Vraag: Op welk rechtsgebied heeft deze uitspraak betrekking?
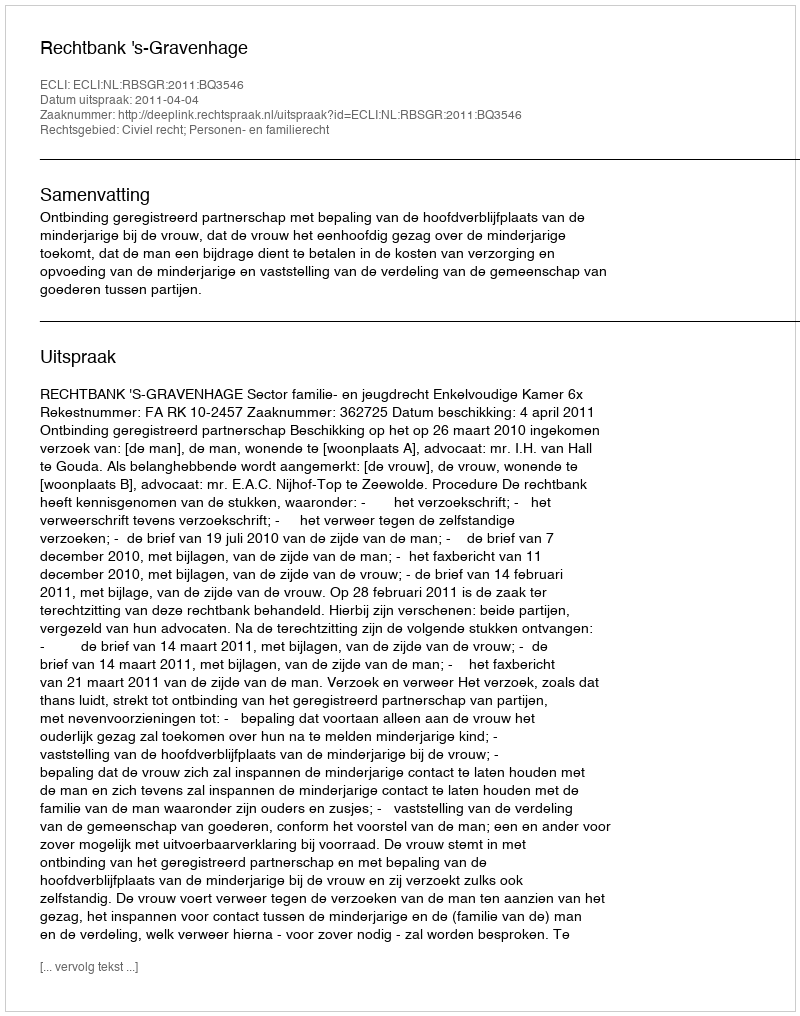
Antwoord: Civiel recht; Personen- en familierecht